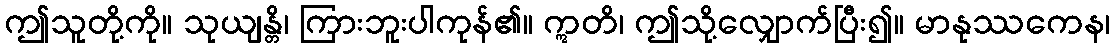
ဤသူတို့ကို။ သုယျန္တိ၊ ကြားဘူးပါကုန်၏။ ဣတိ၊ ဤသို့လျှောက်ပြီး၍။ မာနုဿကေန၊